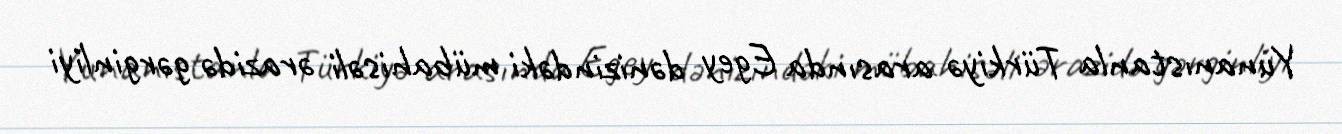
Yunanıstanla Türkiyə arasında Egey dənizindəki mübahisəli ərazidə gərginliyi